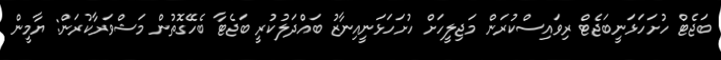
ބަޖެޓް ހުށަހަޅަނީބަޖެޓް ރިވައިސްކުރަން މަޖިލީހަށް ހުށަހަޅަނީއިނާޒު ބައްދަލުކުރީ ބަޖެޓާ ބެހޭގޮތުން މަޝްވަރާކުރަން: ޔާމީން